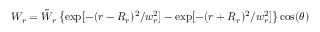
W _ { r } = \tilde { W } _ { r } \left\{ \exp [ - ( r - R _ { r } ) ^ { 2 } / w _ { r } ^ { 2 } ] - \exp [ - ( r + R _ { r } ) ^ { 2 } / w _ { r } ^ { 2 } ] \right\} \cos ( \theta )